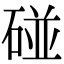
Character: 碰